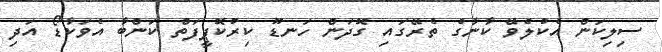
ސިލިކަން އެކުލެވޭ ކާނާގެ ތެރޭގައި ގޮދަން ހަނޑޫ ކިރުކޮޕީފަތް ކަންބާ އެވަކާޑޯ އަދި